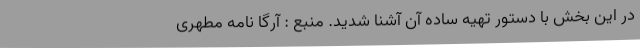
در این بخش با دستور تهیه ساده آن آشنا شدید. منبع : آرگا نامه مطهری